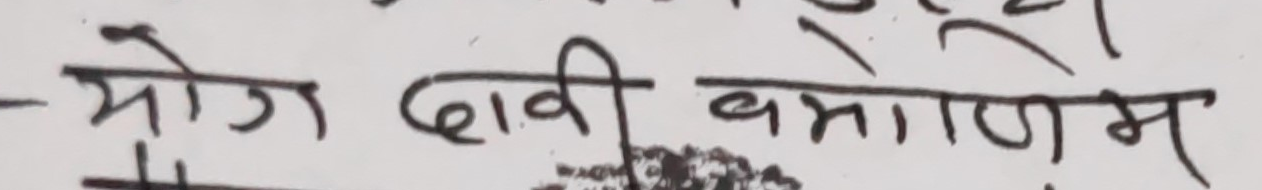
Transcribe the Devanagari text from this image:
योग दावी बमोजिम